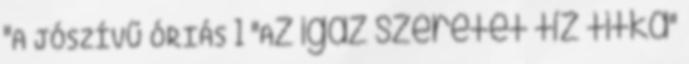
"A JÓSZÍVŰ ÓRIÁS 1 "Az igaz szeretet tíz titka"